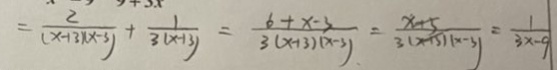
= \frac { 2 } { ( 1 - 1 3 x ) ( x - 3 ) } + \frac { 1 } { 3 ( x - 1 3 ) } = \frac { 6 + x - 3 } { 3 ( x + 3 ) ( x - 3 ) } = \frac { x + 5 } { 3 ( x - 5 ) ( x - 3 ) } = \frac { 1 } { 3 x - 9 }